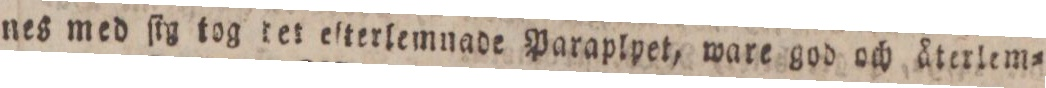
nes med ſig tog tet eſterlemnade Paraplpet, ware god och återlem=